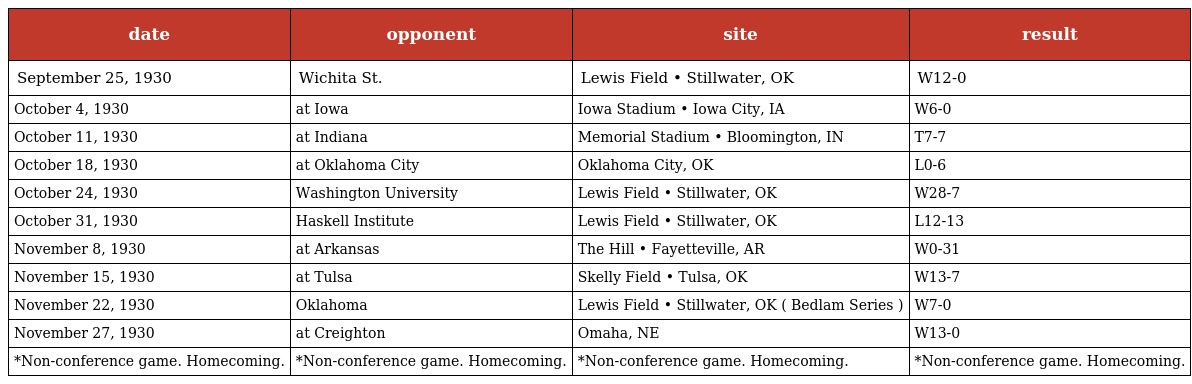
| date | opponent | site | result |
 | --- | --- | --- | --- |
 | September 25, 1930 | Wichita St. | Lewis Field • Stillwater, OK | W12-0 |
 | October 4, 1930 | at Iowa | Iowa Stadium • Iowa City, IA | W6-0 |
 | October 11, 1930 | at Indiana | Memorial Stadium • Bloomington, IN | T7-7 |
 | October 18, 1930 | at Oklahoma City | Oklahoma City, OK | L0-6 |
 | October 24, 1930 | Washington University | Lewis Field • Stillwater, OK | W28-7 |
 | October 31, 1930 | Haskell Institute | Lewis Field • Stillwater, OK | L12-13 |
 | November 8, 1930 | at Arkansas | The Hill • Fayetteville, AR | W0-31 |
 | November 15, 1930 | at Tulsa | Skelly Field • Tulsa, OK | W13-7 |
 | November 22, 1930 | Oklahoma | Lewis Field • Stillwater, OK ( Bedlam Series ) | W7-0 |
 | November 27, 1930 | at Creighton | Omaha, NE | W13-0 |
 | *Non-conference game. Homecoming. | *Non-conference game. Homecoming. | *Non-conference game. Homecoming. | *Non-conference game. Homecoming. |